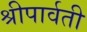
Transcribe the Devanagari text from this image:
श्रीपार्वती